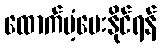
ထောက်ပံ့ပေးနိုင်ရန်